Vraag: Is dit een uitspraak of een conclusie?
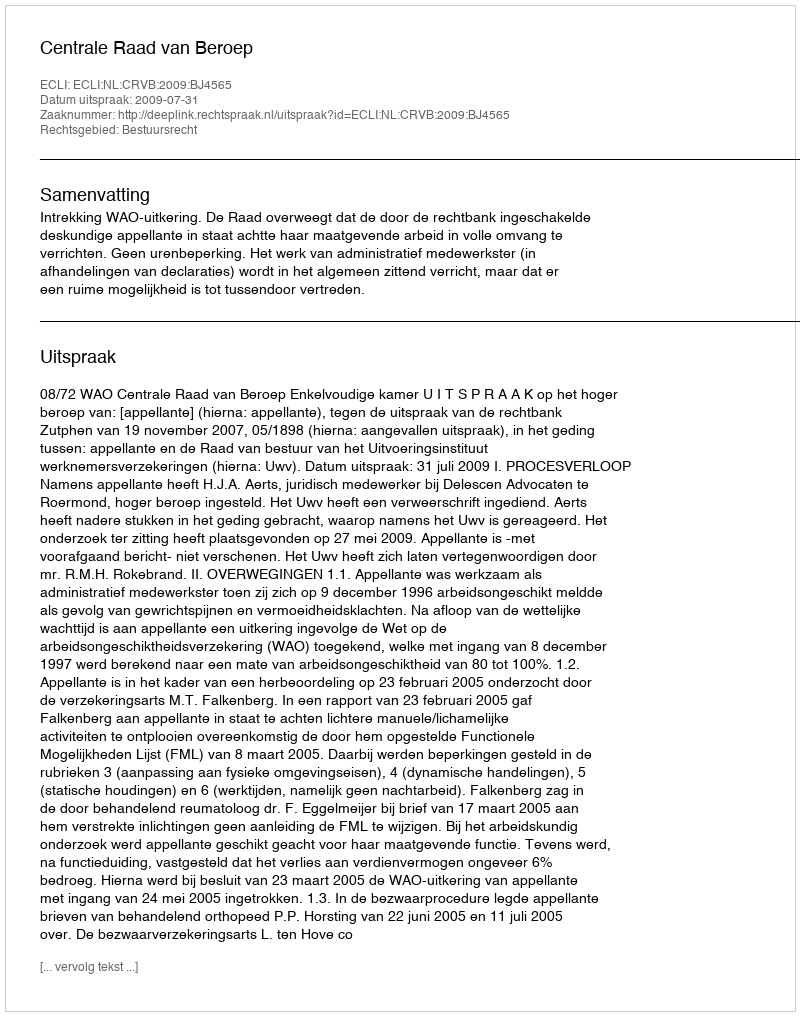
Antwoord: Uitspraak